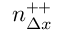
n _ { \Delta x } ^ { + + }